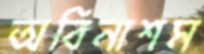
অবিনাশম